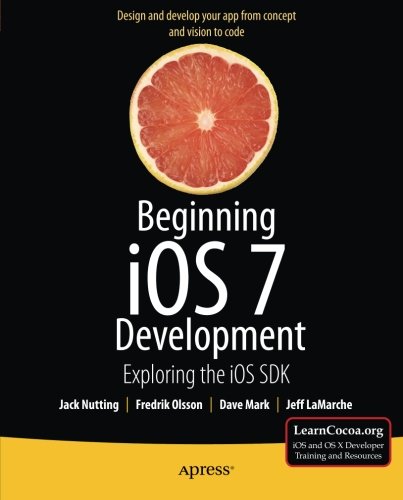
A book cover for Beginning iOS 7 Development: Exploring the iOS SDK; Jack Nutting; Computers & Technology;